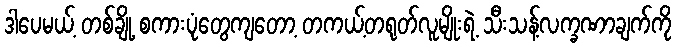
ဒါပေမယ့် တစ်ချို့ စကားပုံတွေကျတော့ တကယ့်တရုတ်လူမျိုးရဲ့ သီးသန့်လက္ခဏာချက်ကို